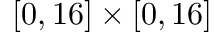
[ 0 , 1 6 ] \times [ 0 , 1 6 ]